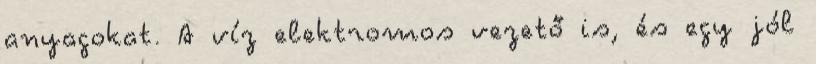
anyagokat. A víz elektromos vezető is, és egy jól